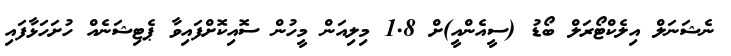
ނެޝަނަލް އިލެކްޓޯރަލް ބޯޑު (ސީއެންއީ)ށް 1.8 މިލިއަން މީހުން ސޮއިކޮށްފައިވާ ޕެޓިޝަނެއް ހުށަހަޅާފައި